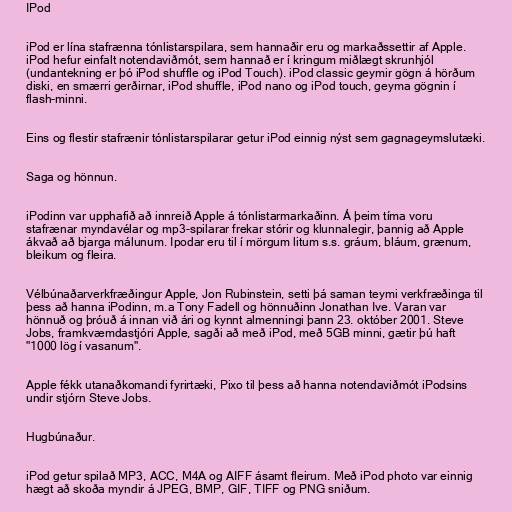
IPod

iPod er lína stafrænna tónlistarspilara, sem hannaðir eru og markaðssettir af Apple.
iPod hefur einfalt notendaviðmót, sem hannað er í kringum miðlægt skrunhjól
(undantekning er þó iPod shuffle og iPod Touch). iPod classic geymir gögn á hörðum
diski, en smærri gerðirnar, iPod shuffle, iPod nano og iPod touch, geyma gögnin í
flash-minni.

Eins og flestir stafrænir tónlistarspilarar getur iPod einnig nýst sem gagnageymslutæki.

Saga og hönnun.

iPodinn var upphafið að innreið Apple á tónlistarmarkaðinn. Á þeim tíma voru
stafrænar myndavélar og mp3-spilarar frekar stórir og klunnalegir, þannig að Apple
ákvað að bjarga málunum. Ipodar eru til í mörgum litum s.s. gráum, bláum, grænum,
bleikum og fleira.

Vélbúnaðarverkfræðingur Apple, Jon Rubinstein, setti þá saman teymi verkfræðinga til
þess að hanna iPodinn, m.a Tony Fadell og hönnuðinn Jonathan Ive. Varan var
hönnuð og þróuð á innan við ári og kynnt almenningi þann 23. október 2001. Steve
Jobs, framkvæmdastjóri Apple, sagði að með iPod, með 5GB minni, gætir þú haft
"1000 lög í vasanum".

Apple fékk utanaðkomandi fyrirtæki, Pixo til þess að hanna notendaviðmót iPodsins
undir stjórn Steve Jobs.

Hugbúnaður.

iPod getur spilað MP3, ACC, M4A og AIFF ásamt fleirum. Með iPod photo var einnig
hægt að skoða myndir á JPEG, BMP, GIF, TIFF og PNG sniðum.